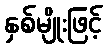
နှစ်မျိုးဖြင့်